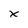
Character: x